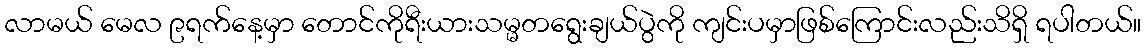
လာမယ် မေလ ၉ရက်နေ့မှာ တောင်ကိုရီးယားသမ္မတရွေးချယ်ပွဲကို ကျင်းပမှာဖြစ်ကြောင်းလည်းသိရှိ ရပါတယ်။